65_HS1-834228961_62-HQ-83894_Section_10
Agency: FBI
Page 81
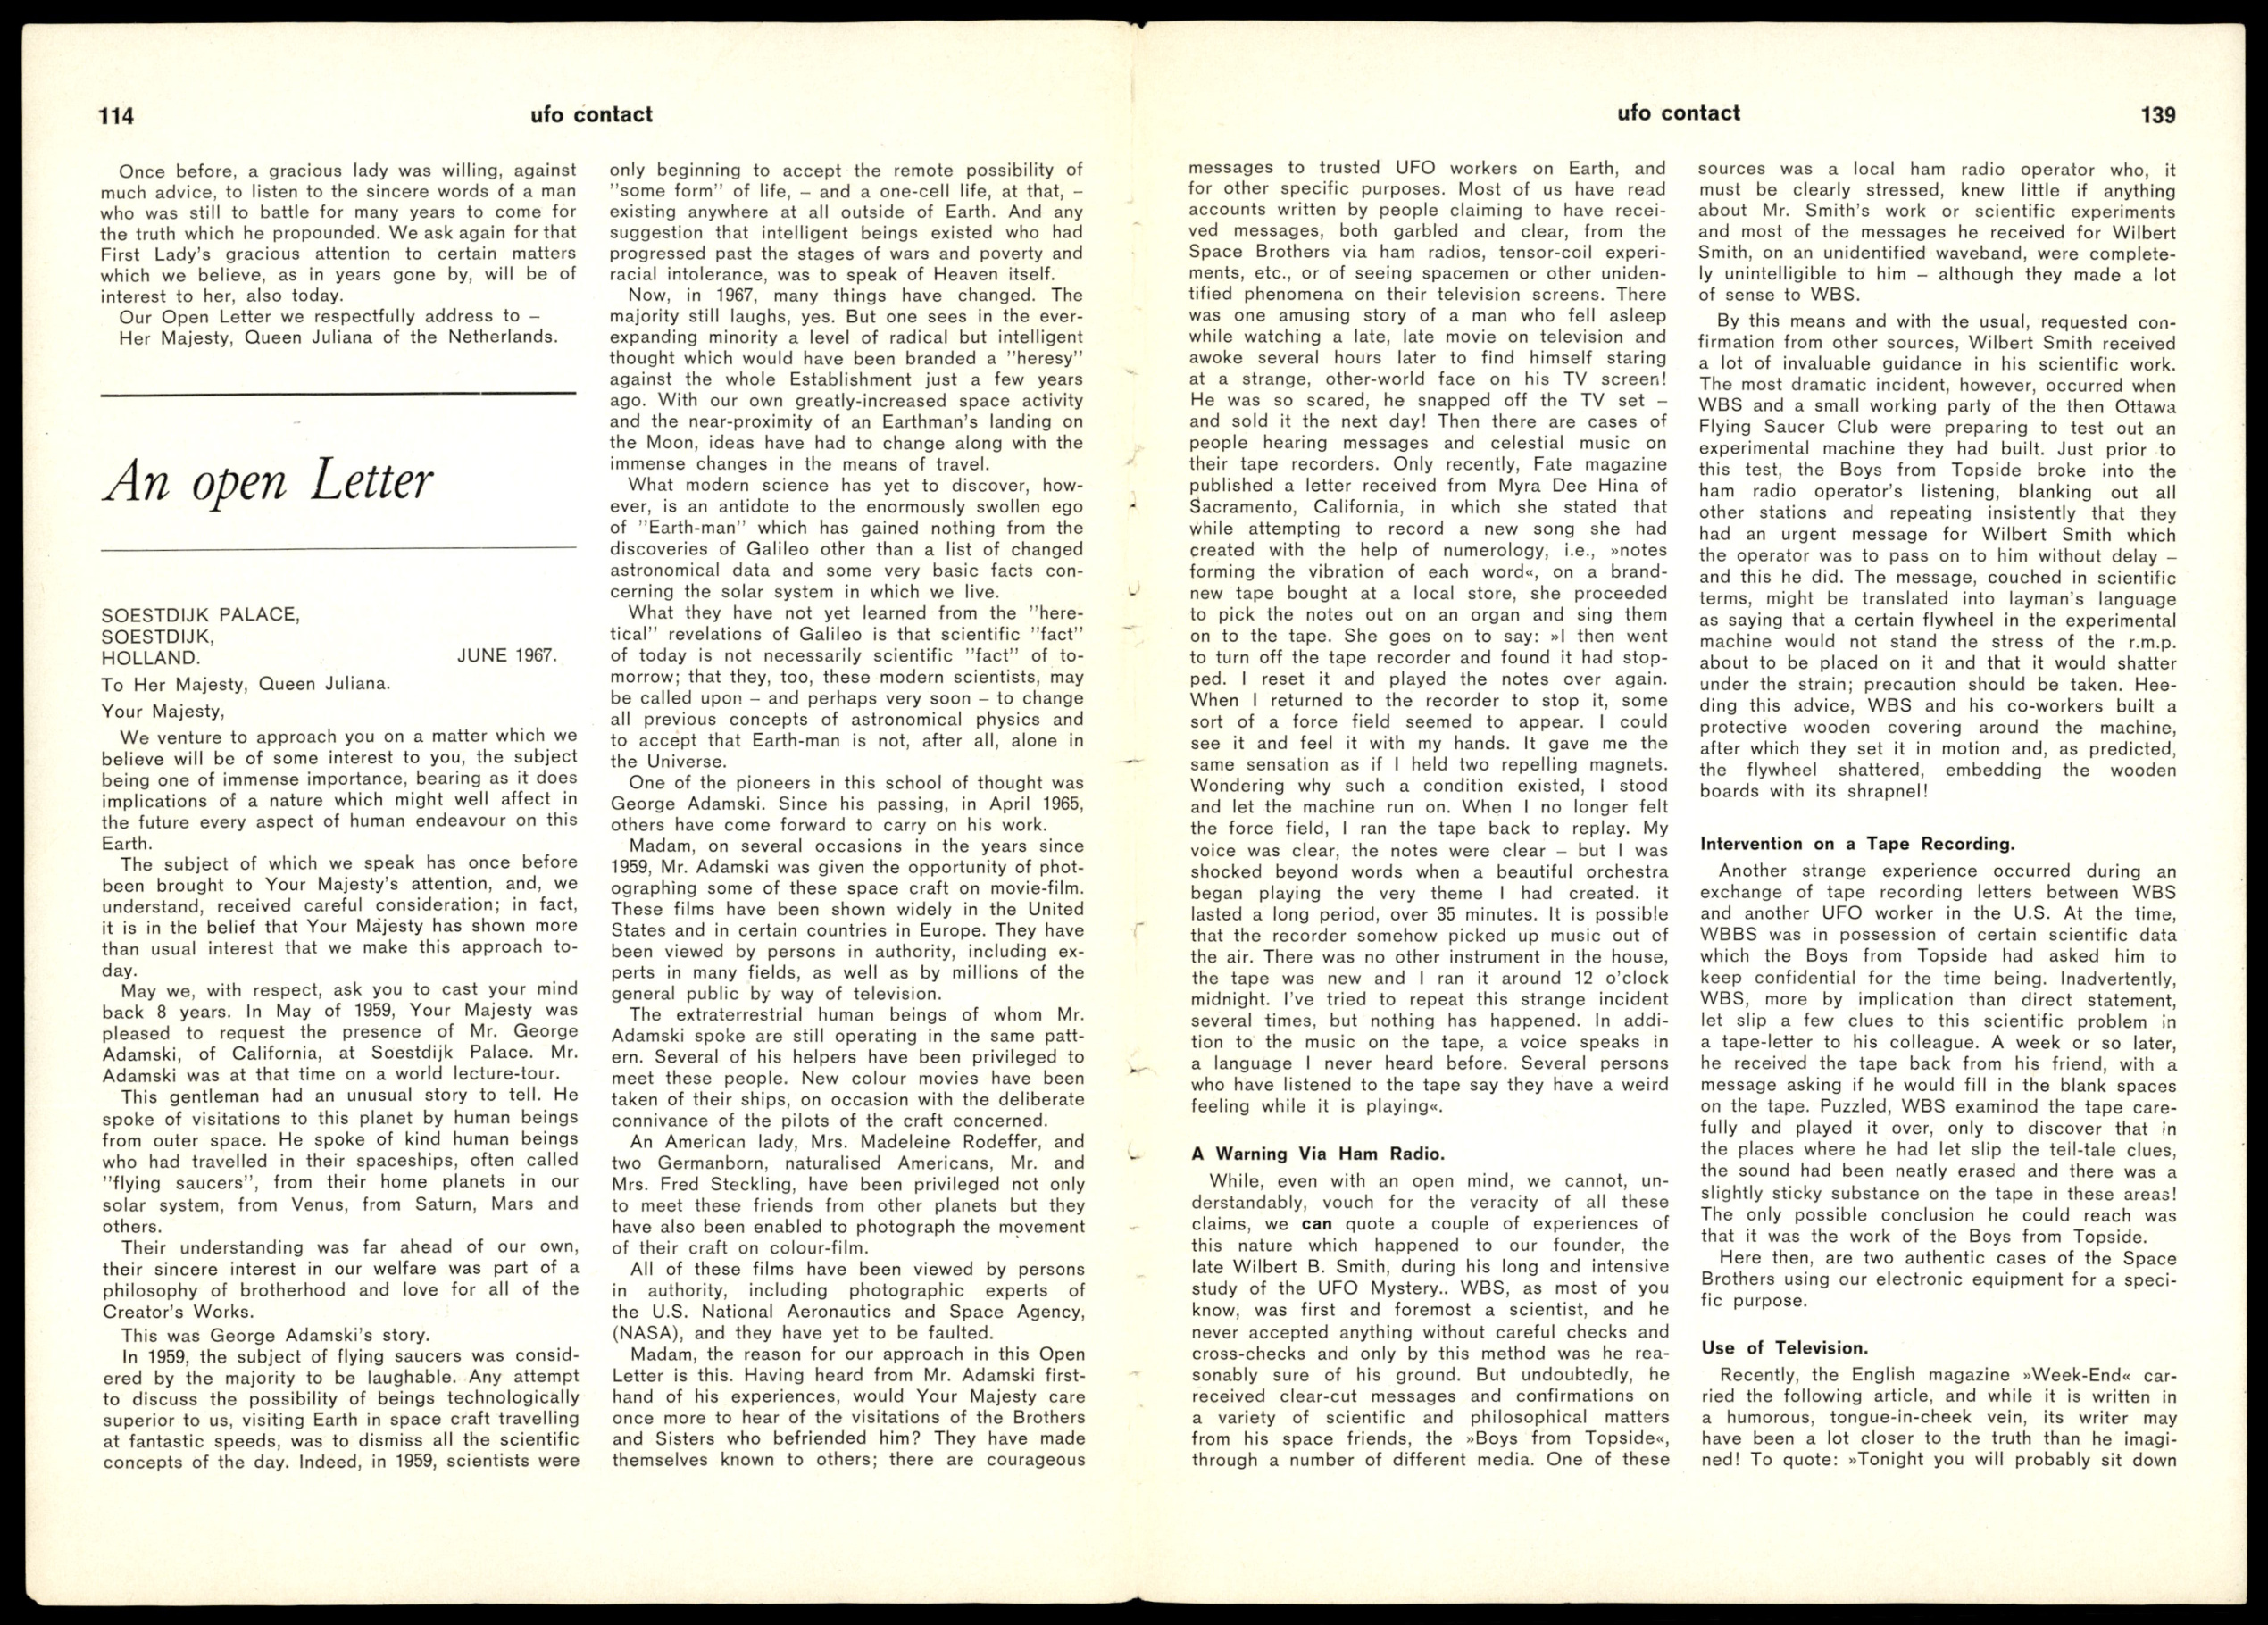